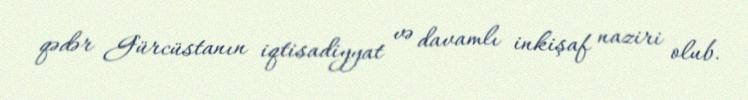
qədər Gürcüstanın iqtisadiyyat və davamlı inkişaf naziri olub.